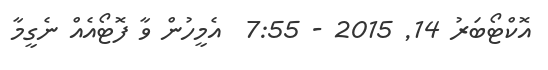
އޮކްޓޯބަރު 14